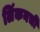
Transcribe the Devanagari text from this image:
लिंकनची